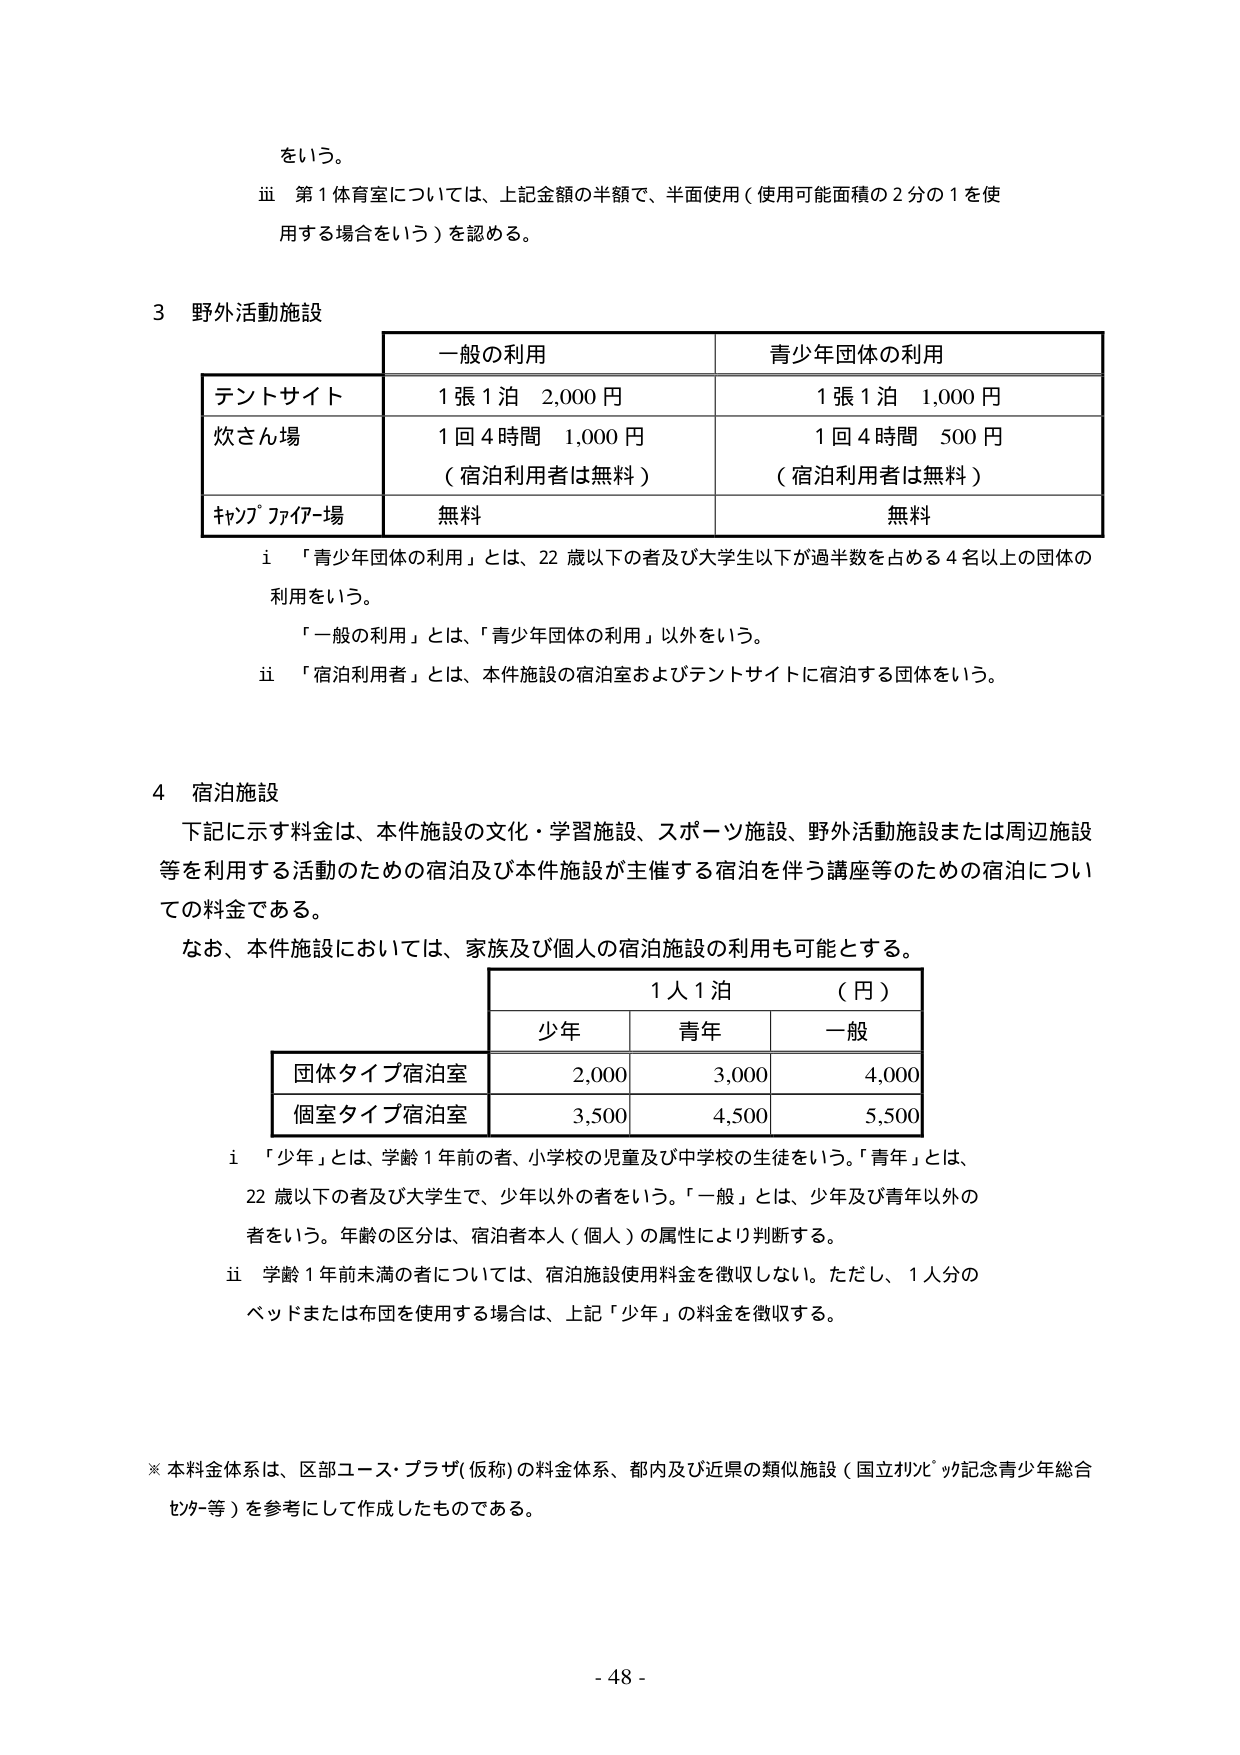
をいう。

ⅲ 第1体育室については、上記金額の半額で、半面使用（使用可能面積の2分の1を使用する場合をいう）を認める。

3 野外活動施設

| | 一般の利用 | 青少年団体の利用 |
|---|---|---|
| テントサイト | 1張1泊 2,000円 | 1張1泊 1,000円 |
| 炊さん場 | 1回4時間 1,000円<br>（宿泊利用者は無料） | 1回4時間 500円<br>（宿泊利用者は無料） |
| キャンプファイア場 | 無料 | 無料 |

ⅰ 「青少年団体の利用」とは、22歳以下の者及び大学生以下が過半数を占める4名以上の団体の利用をいう。<br>「一般の利用」とは、「青少年団体の利用」以外をいう。<br>ⅱ 「宿泊利用者」とは、本件施設の宿泊室およびテントサイトに宿泊する団体をいう。

4 宿泊施設

下記に示す料金は、本件施設の文化・学習施設、スポーツ施設、野外活動施設または周辺施設等を利用する活動のための宿泊及び本件施設が主催する宿泊を伴う講座等のための宿泊についての料金である。<br>なお、本件施設においては、家族及び個人の宿泊施設の利用も可能とする。

| | 1人1泊（円） | | |
|---|---|---|---|
| | 少年 | 青年 | 一般 |
| 団体タイプ宿泊室 | 2,000 | 3,000 | 4,000 |
| 個室タイプ宿泊室 | 3,500 | 4,500 | 5,500 |

ⅰ 「少年」とは、学齢1年前の者、小学校の児童及び中学校の生徒をいう。「青年」とは、22歳以下の者及び大学生で、少年以外の者をいう。「一般」とは、少年及び青年以外の者をいう。年齢の区分は、宿泊者本人（個人）の属性により判断する。<br>ⅱ 学齢1年前未満の者については、宿泊施設使用料金を徴収しない。ただし、1人分のベッドまたは布団を使用する場合は、上記「少年」の料金を徴収する。

※ 本料金体系は、区部ユース・プラザ（仮称）の料金体系、都内及び近県の類似施設（国立リゾート記念青少年総合センター等）を参考にして作成したものである。

- 48 -